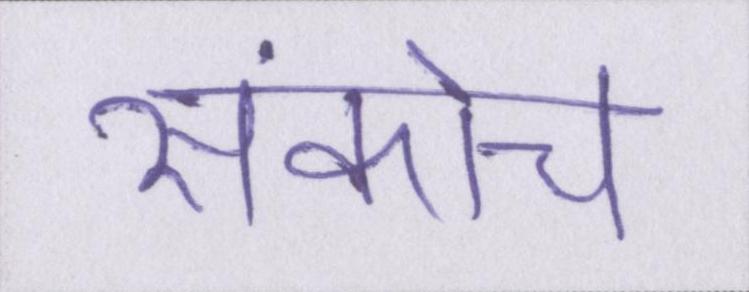
संकोच